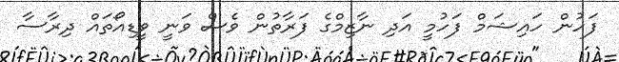
ފަހުން ހައިޝަމް ފަހުމީ އަދި ނާޒިމްގެ ފަރާތުން ވެސް ވަނީ ވީޑިއޯތައް ދިރާސާ